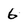
Character: 6